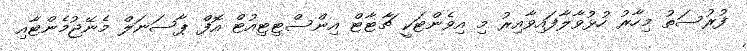
ފުރުސަތު މިހާރު ހުޅުވާލާފައިވާއިރު މި އިވެންޓަކީ ޗާޓާޓްް އިންސްޓިޓިއުޓް އޮފް ޕާސަނަލް މެނޭޖުމެންޓާއި